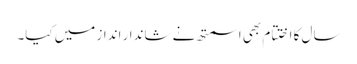
سال کا اختتام بھی اسمتھ نے شاندار انداز میں کیا۔